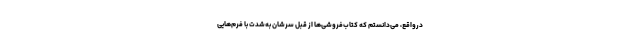
درواقع، می‌دانستم که کتاب‌فروشی‌ها از قبل سرشان به‌شدت با فرم‌هایی